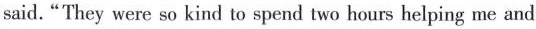
said. "They were so kind to spend two hours helping me and